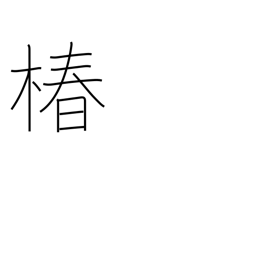
Meaning: camellia